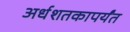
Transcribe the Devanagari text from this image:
अर्धशतकापर्यंत